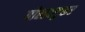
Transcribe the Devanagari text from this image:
गोल्डस्टूकर